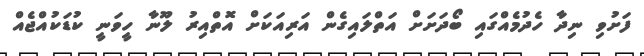
ފަށުވި ނިދާ ހެދުމެއްގައި ބޯދަށަށް އަތްލައިގެން އަރިއަކަށް އޮތްއިރު ލޫނާ ހީވަނީ ކުޑަކުއްޖެއް